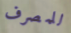
للمصرف